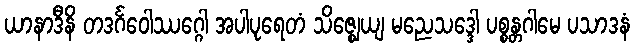
ယာနာဒီနိ တဒင်္ဂဝေါဿဂ္ဂေါ အပါပုရေတံ သိဇ္ဈေယျ မညေသဒ္ဒေါ ပစ္စန္တဂါမေ ပသာဒနံ